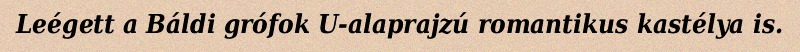
Leégett a Báldi grófok U-alaprajzú romantikus kastélya is.